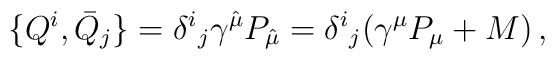
{}\{Q^{i},\bar{Q}_{j}\}=\delta^{i}{}_{j}\gamma^{\hat{\mu}}P_{\hat{\mu}}=\delta^{i}{}_{j}(\gamma^{\mu}P_{\mu}+M)\,,